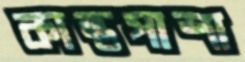
কান্তপাশা